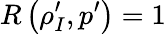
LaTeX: R\left(\rho_{I}^{\prime},p^{\prime}\right)=1